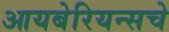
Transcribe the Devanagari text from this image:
आयबेरियन्सचे